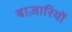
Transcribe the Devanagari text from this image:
बाज़ारियों